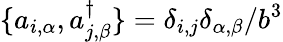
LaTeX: \{ a_{i,\alpha},a_{j,\beta}^{\dagger}\} =\delta_{i,j}\delta_{\alpha,\beta}/b^{3}